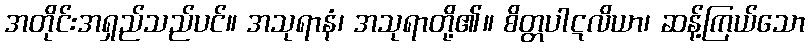
အတိုင်းအရှည်သည်ပင်။ အသုရာနံ၊ အသုရာတို့၏။ စိတ္တပါဋလိယာ၊ ဆန့်ကြယ်သော